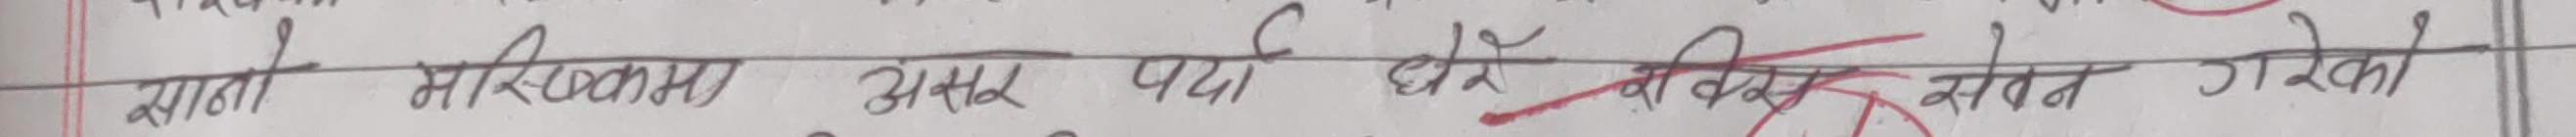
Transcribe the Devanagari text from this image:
साना मस्तिष्कमा असर पर्दा धेरै कुराको सेवन गरेको